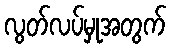
လွတ်လပ်မှုအတွက်